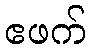
ဧဖက်